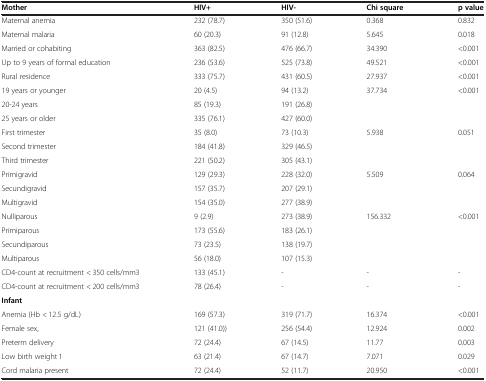
<table><thead><tr><td><b>Mother</b></td><td><b>HIV+</b></td><td><b>HIV-</b></td><td><b>Chi square</b></td><td><b>p value</b></td></tr></thead><tbody><tr><td>Maternal anemia</td><td>232 (78.7)</td><td>350 (51.6)</td><td>0.368</td><td>0.832</td></tr><tr><td>Maternal malaria</td><td>60 (20.3)</td><td>91 (12.8)</td><td>5.645</td><td>0.018</td></tr><tr><td>Married or cohabiting</td><td>363 (82.5)</td><td>476 (66.7)</td><td>34.390</td><td>&lt;0.001</td></tr><tr><td>Up to 9 years of formal education</td><td>236 (53.6)</td><td>525 (73.8)</td><td>49.521</td><td>&lt;0.001</td></tr><tr><td>Rural residence</td><td>333 (75.7)</td><td>431 (60.5)</td><td>27.937</td><td>&lt;0.001</td></tr><tr><td>19 years or younger</td><td>20 (4.5)</td><td>94 (13.2)</td><td>37.734</td><td>&lt;0.001</td></tr><tr><td>20-24 years</td><td>85 (19.3)</td><td>191 (26.8)</td><td> </td><td> </td></tr><tr><td>25 years or older</td><td>335 (76.1)</td><td>427 (60.0)</td><td> </td><td> </td></tr><tr><td>First trimester</td><td>35 (8.0)</td><td>73 (10.3)</td><td>5.938</td><td>0.051</td></tr><tr><td>Second trimester</td><td>184 (41.8)</td><td>329 (46.5)</td><td> </td><td> </td></tr><tr><td>Third trimester</td><td>221 (50.2)</td><td>305 (43.1)</td><td> </td><td> </td></tr><tr><td>Primigravid</td><td>129 (29.3)</td><td>228 (32.0)</td><td>5.509</td><td>0.064</td></tr><tr><td>Secundigravid</td><td>157 (35.7)</td><td>207 (29.1)</td><td> </td><td> </td></tr><tr><td>Multigravid</td><td>154 (35.0)</td><td>277 (38.9)</td><td> </td><td> </td></tr><tr><td>Nulliparous</td><td>9 (2.9)</td><td>273 (38.9)</td><td>156.332</td><td>&lt;0.001</td></tr><tr><td>Primiparous</td><td>173 (55.6)</td><td>183 (26.1)</td><td> </td><td> </td></tr><tr><td>Secundiparous</td><td>73 (23.5)</td><td>138 (19.7)</td><td> </td><td> </td></tr><tr><td>Multiparous</td><td>56 (18.0)</td><td>107 (15.3)</td><td> </td><td> </td></tr><tr><td>CD4-count at recruitment &lt; 350 cells/mm3</td><td>133 (45.1)</td><td>-</td><td>-</td><td>-</td></tr><tr><td>CD4-count at recruitment &lt; 200 cells/mm3</td><td>78 (26.4)</td><td>-</td><td>-</td><td>-</td></tr><tr><td><b>Infant</b></td><td> </td><td> </td><td> </td><td> </td></tr><tr><td>Anemia (Hb &lt; 12.5 g/dL)</td><td>169 (57.3)</td><td>319 (71.7)</td><td>16.374</td><td>&lt;0.001</td></tr><tr><td>Female sex,</td><td>121 (41.0))</td><td>256 (54.4)</td><td>12.924</td><td>0.002</td></tr><tr><td>Preterm delivery</td><td>72 (24.4)</td><td>67 (14.5)</td><td>11.77</td><td>0.003</td></tr><tr><td>Low birth weight 1</td><td>63 (21.4)</td><td>67 (14.7)</td><td>7.071</td><td>0.029</td></tr><tr><td>Cord malaria present</td><td>72 (24.4)</td><td>52 (11.7)</td><td>20.950</td><td>&lt;0.001</td></tr></tbody></table>